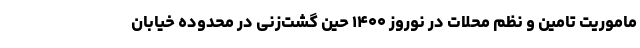
ماموریت تامین و نظم محلات در نوروز ۱۴۰۰ حین گشت‌زنی در محدوده خیابان